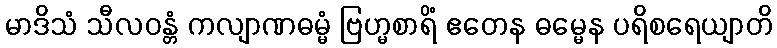
မာဒိသံ သီလဝန္တံ ကလျာဏဓမ္မံ ဗြဟ္မစာရိံ ဧတေန ဓမ္မေန ပရိစရေယျာတိ